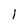
Character: l